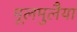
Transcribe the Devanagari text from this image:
मूलमुलैया